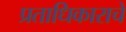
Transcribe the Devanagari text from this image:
प्रताधिकाराचे